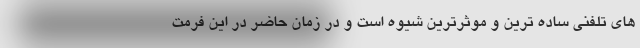
های تلفنی ساده ترین و موثرترین شیوه است و در زمان حاضر در این فرمت